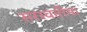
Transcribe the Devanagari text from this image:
सरस्वतीम।